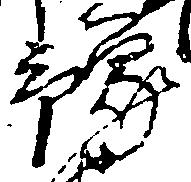
予